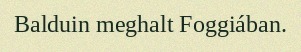
Balduin meghalt Foggiában.